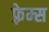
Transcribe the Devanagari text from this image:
फ़्रेम्स